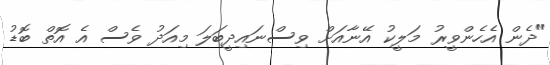
"ދެން އެހެންވީރު މަލީކު އޭނާއަށް ވިސްނައިދީބަލަ މިއަދު ވެސް އެ އޮތް ބޮޑު